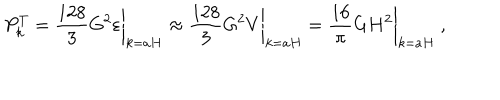
LaTeX: P _ { k } ^ { T } = \left. \frac { 1 2 8 } { 3 } G ^ { 2 } \varepsilon \right| _ { k = a H } \approx \left. \frac { 1 2 8 } { 3 } G ^ { 2 } V \right| _ { k = a H } = \left. \frac { 1 6 } { \pi } G H ^ { 2 } \right| _ { k = a H } ~ ,